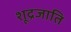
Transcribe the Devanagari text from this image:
शूद्रजाति